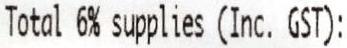
TOTAL 6% SUPPLIES (INC. GST):